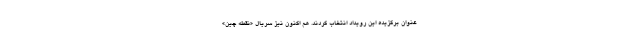
عنوان برگزیده این رویداد انتخاب کردند. هم اکنون نیز سریال «نقطه چین»